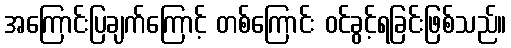
အကြောင်းပြချက်ကြောင့် တစ်ကြောင်း ဝင်ခွင့်ရခြင်းဖြစ်သည်။